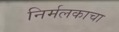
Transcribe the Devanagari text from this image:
निर्मलकाचा